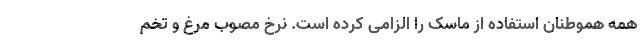
همه هموطنان استفاده از ماسک را الزامی کرده است. نرخ مصوب مرغ و تخم